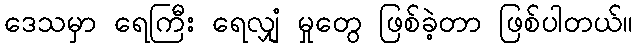
ဒေသမှာ ရေကြီး ရေလျှံ မှုတွေ ဖြစ်ခဲ့တာ ဖြစ်ပါတယ်။